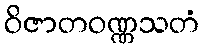
ဝိဇာတဝဏ္ဏသတံ